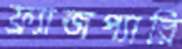
ফ্র্যান্জপ্যারি